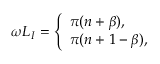
\omega L _ { I } = \left\{ \begin{array} { l l } { { \pi ( n + \beta ) , } } \\ { { \pi ( n + 1 - \beta ) , } } \end{array} \right.